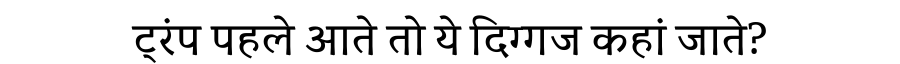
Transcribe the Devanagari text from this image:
ट्रंप पहले आते तो ये दिग्गज कहां जाते?